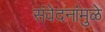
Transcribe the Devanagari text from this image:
संवेदनांमुळे